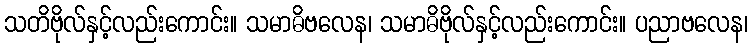
သတိဗိုလ်နှင့်လည်းကောင်း။ သမာဓိဗလေန၊ သမာဓိဗိုလ်နှင့်လည်းကောင်း။ ပညာဗလေန၊